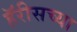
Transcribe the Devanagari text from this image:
हॅरीसच्या